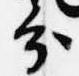
分